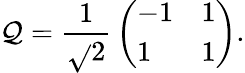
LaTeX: \mathcal{Q}={\frac{{1}}{{\sqrt{}{2}}}}\left(\begin{array}{ll}{{-1}}&{{1}}\\ {{1}}&{{1}}\end{array}\right).